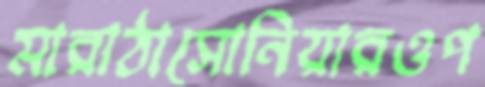
মারাঠাসোনিয়ারওপ